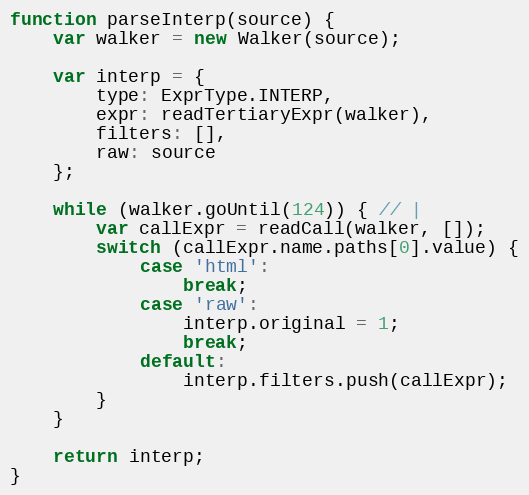
Language: JavaScript
function parseInterp(source) {
    var walker = new Walker(source);

    var interp = {
        type: ExprType.INTERP,
        expr: readTertiaryExpr(walker),
        filters: [],
        raw: source
    };

    while (walker.goUntil(124)) { // |
        var callExpr = readCall(walker, []);
        switch (callExpr.name.paths[0].value) {
            case 'html':
                break;
            case 'raw':
                interp.original = 1;
                break;
            default:
                interp.filters.push(callExpr);
        }
    }

    return interp;
}